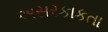
અસરકાકતા